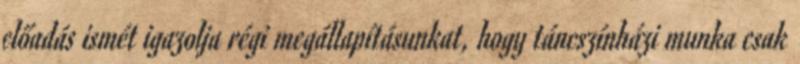
előadás ismét igazolja régi megállapításunkat, hogy táncszínházi munka csak